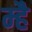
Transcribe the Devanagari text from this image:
म्है